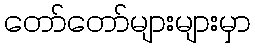
တော်တော်များများမှာ